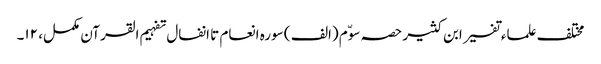
مختلف علماء تفسیر ابن کثیر حصہ سوّم (الف ) سورہ انعام تا انفال تفہیم القرآن مکمل، ۱۲۔